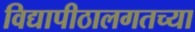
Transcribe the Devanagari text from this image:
विद्यापीठालगतच्या